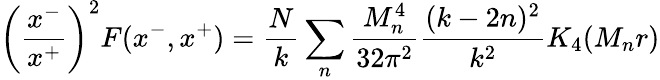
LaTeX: \left({\frac{x^{-}}{x^{+}}}\right)^{2}F(x^{-},x^{+})={\frac{N}{k}}\sum_{n}{\frac{M_{n}^{4}}{32\pi^{2}}}{\frac{(k-2n)^{2}}{k^{2}}}K_{4}(M_{n}r)